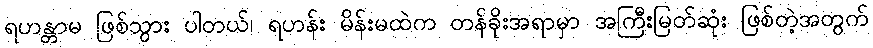
ရဟန္တာမ ဖြစ်သွား ပါတယ်၊ ရဟန်း မိန်းမထဲက တန်ခိုးအရာမှာ အကြီးမြတ်ဆုံး ဖြစ်တဲ့အတွက်